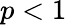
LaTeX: p<1